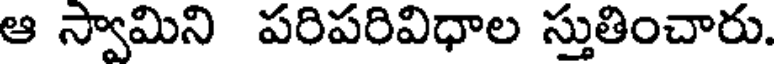
ఆ స్వామిని పరిపరివిధాల స్తుతించారు.